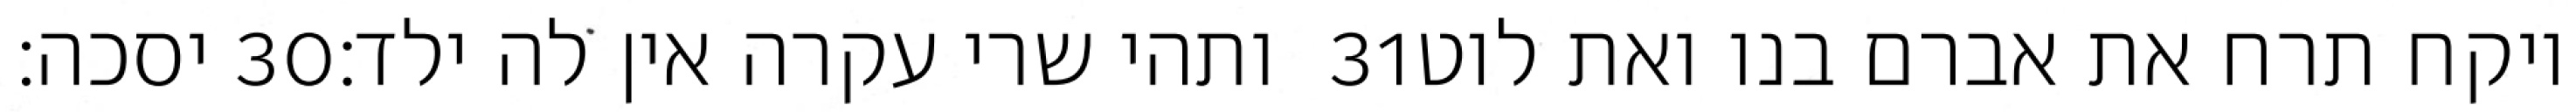
יסכה׃ ‎30‏ ותהי שרי עקרה אין לה ילד׃ ‎31‏ ויקח תרח את אברם בנו ואת לוט